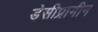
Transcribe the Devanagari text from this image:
डेसीप्रामीन